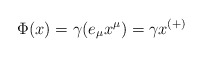
\begin{align*}\Phi(x) = \gamma (e_{\mu}x^{\mu}) = \gamma x^{(+)}\end{align*}